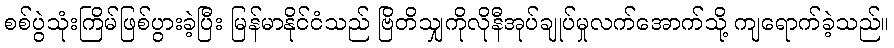
စစ်ပွဲသုံးကြိမ်ဖြစ်ပွားခဲ့ပြီး မြန်မာနိုင်ငံသည် ဗြိတိသျှကိုလိုနီအုပ်ချုပ်မှုလက်အောက်သို့ ကျရောက်ခဲ့သည်။